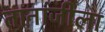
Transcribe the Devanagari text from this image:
तानाजीला